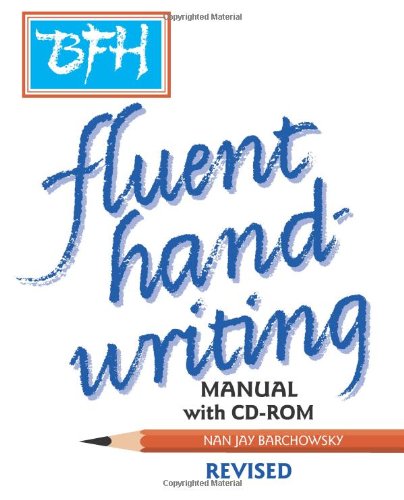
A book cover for BFH, A Manual For Fluent Handwriting; Nan Jay Barchowsky; Reference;